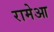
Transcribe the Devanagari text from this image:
रामेआ